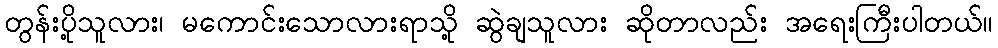
တွန်းပို့သူလား၊ မကောင်းသောလားရာသို့ ဆွဲချသူလား ဆိုတာလည်း အရေးကြီးပါတယ်။